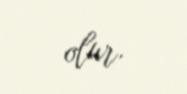
olur.